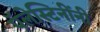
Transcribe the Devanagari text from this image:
पॅलेस्टिनींनी